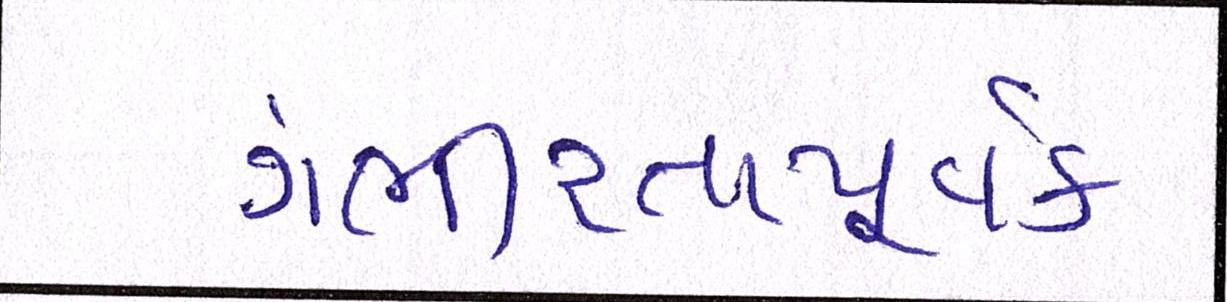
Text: ગંભીરતાપૂર્વક